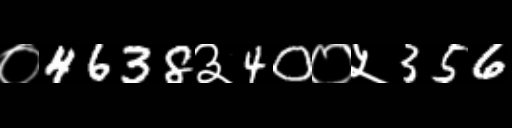
Text: ०4638३40०५356